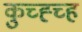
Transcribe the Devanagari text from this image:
कुच्ह्च्ह